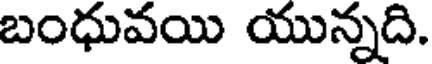
బంధువయి యున్నది.